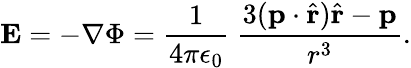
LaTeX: \mathbf{E}=-\nabla\Phi={\frac{1}{4\pi\epsilon_{0}}}\ {\frac{3(\mathbf{p}\cdot{\hat{\mathbf{r}}}){\hat{\mathbf{r}}}-\mathbf{p}}{r^{3}}}.